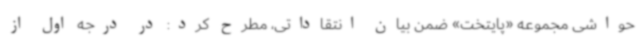
حواشی مجموعه «پایتخت» ضمن بیان انتقاداتی، مطرح کرد: در درجه اول از